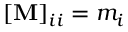
[ \mathbf { M } ] _ { i i } = m _ { i }